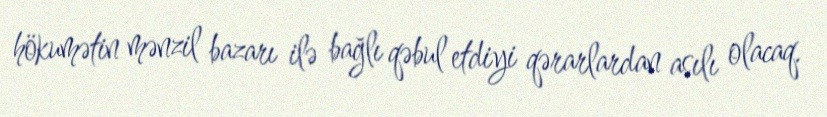
hökumətin mənzil bazarı ilə bağlı qəbul etdiyi qərarlardan asılı olacaq.